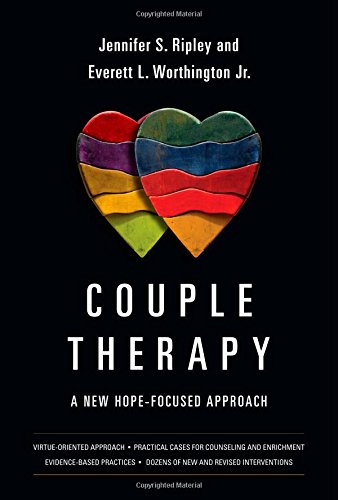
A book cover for Couple Therapy: A New Hope-Focused Approach; Jennifer S. Ripley; Christian Books & Bibles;